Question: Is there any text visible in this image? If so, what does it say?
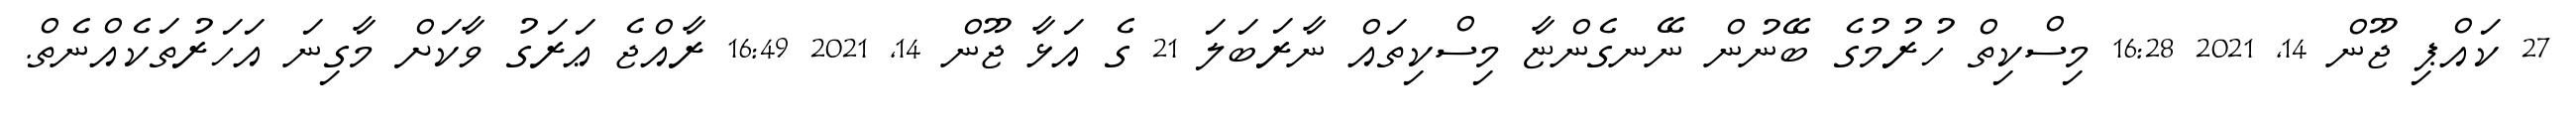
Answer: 27 ކައްޕި ޖޫން 14, 2021 16:28 މިސްކިތް ހުރުމުގެ ބޭނުން ނޭނގެންޏާ މިސްކިތައް ނާރަބަލަ 21 ގެ އަޅާ ޖޫން 14, 2021 16:49 ރާއްޖެ ޢަރަގު ވާކަށް މާގިނަ އަހަރުތަކެއްނެތް.